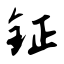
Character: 钲